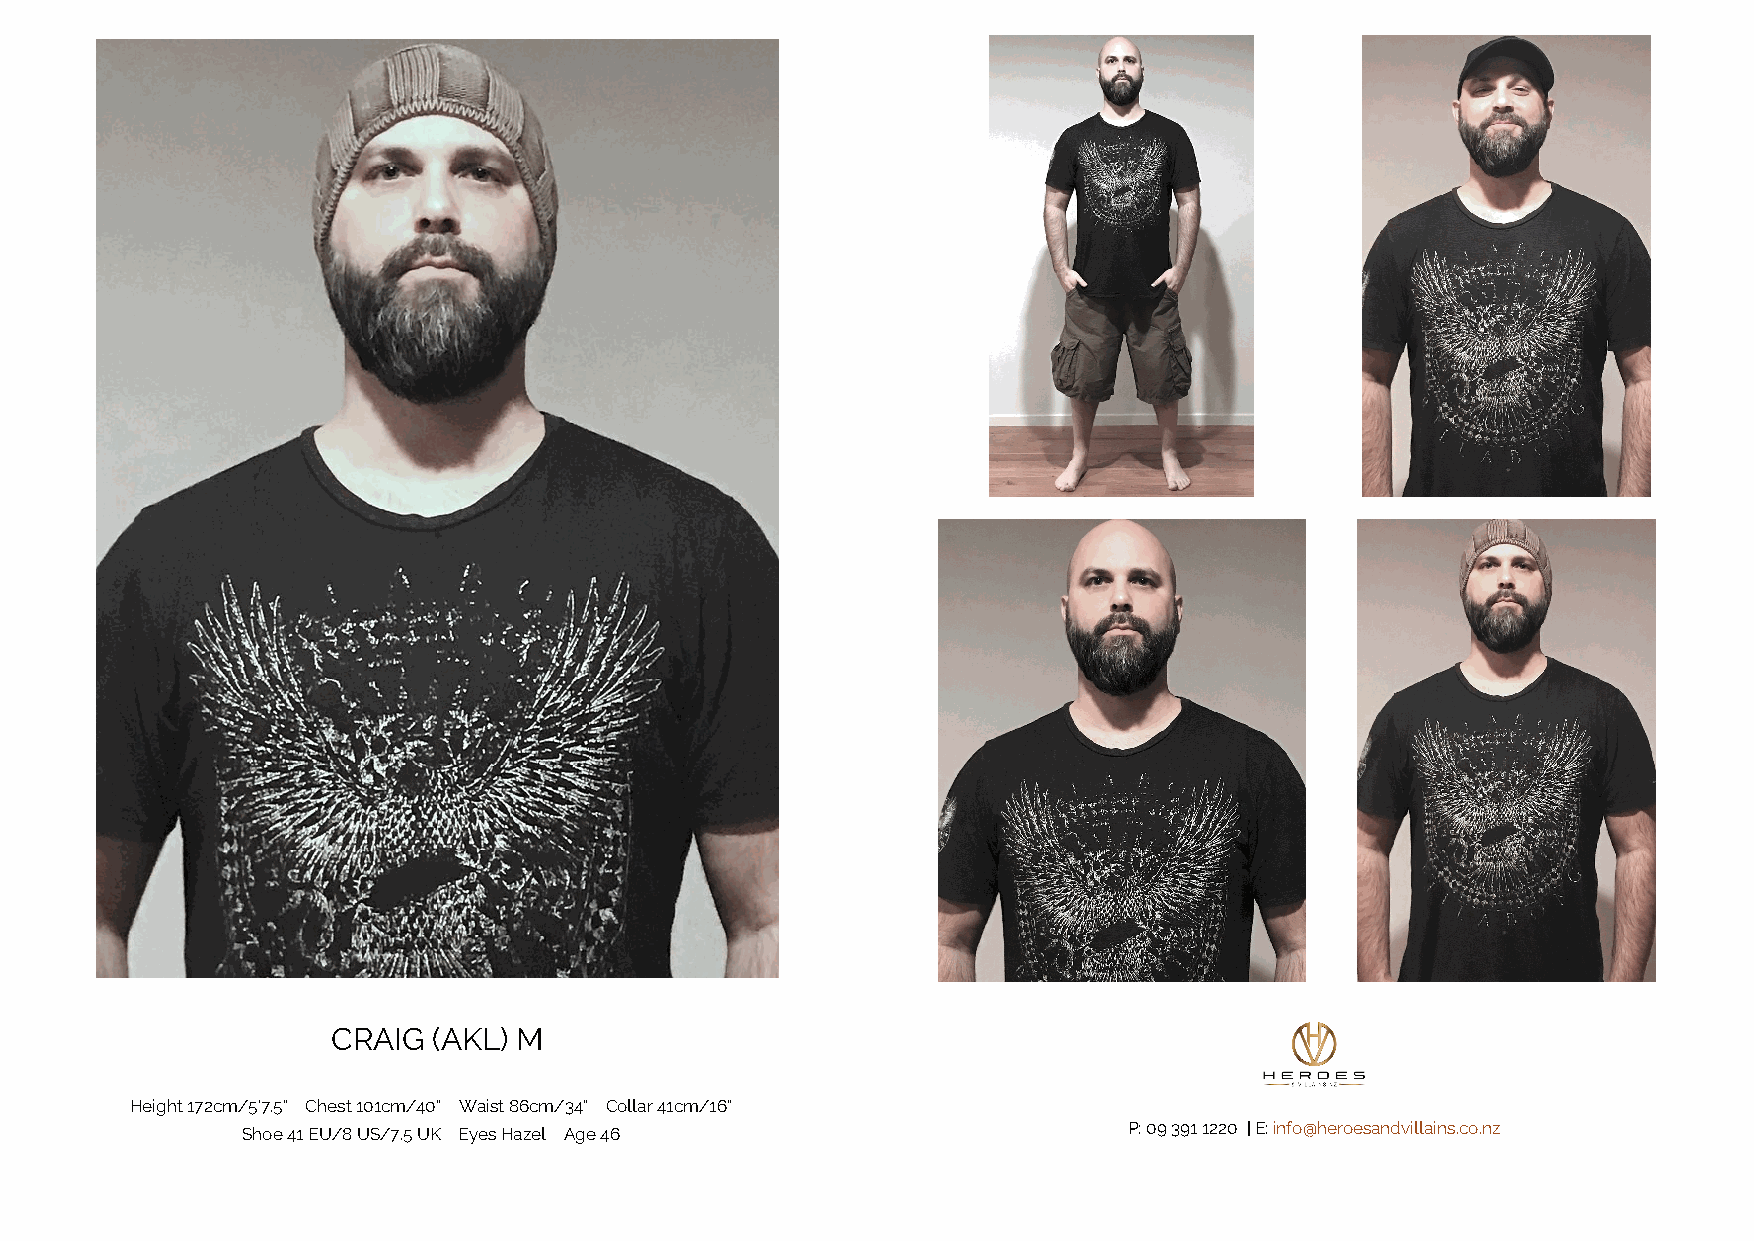
CRAIG  (AKL) M
 Height 172cm/5'7.5" Chest 101cm/40" Waist 86cm/34" Collar 41cm/16"
 Shoe 41EU/8US/7.5UK Eyes Hazel Age 46                      P:093911220 |E:info@heroesandvillains.co.nz